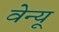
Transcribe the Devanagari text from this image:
वेन्यू